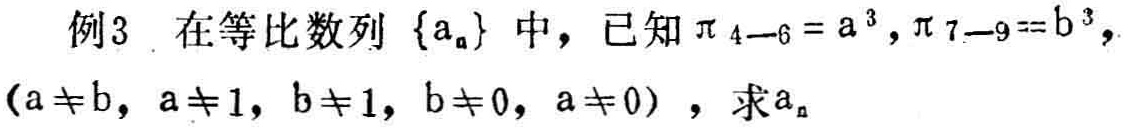
例3 在等比数列\(\{a_{n}\}\)中，已知\(\pi_{4 - 6}=a^{3},\pi_{7 - 9}=b^{3}\)，\((a\neq b,a\neq1,b\neq1,b\neq0,a\neq0)\)，求\(a_{n}\)